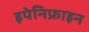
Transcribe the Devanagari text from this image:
इपेनिफ्राइन